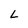
Character: L